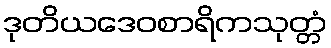
ဒုတိယဒေဝစာရိကသုတ္တံ